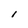
Character: l